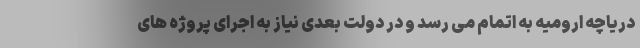
دریاچه ارومیه به اتمام می رسد و در دولت بعدی نیاز به اجرای پروژه های